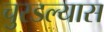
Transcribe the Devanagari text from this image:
चुरडल्यास